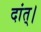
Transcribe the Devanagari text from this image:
दांत्।